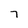
Character: 7